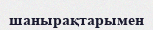
шанырақтарымен